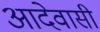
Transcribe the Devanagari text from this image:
आदेवासी